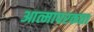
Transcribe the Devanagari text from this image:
आत्मापरकता